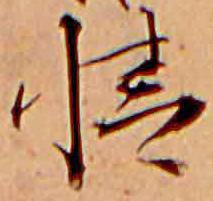
情